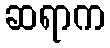
ဆရာက